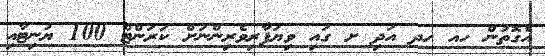
އެގޮތުން ހއ ހދ އަދި ށ ގައި ވިޔަފާރިވެރިންނަށް ކަރަންޓް 100 ޔުނިޓާއި